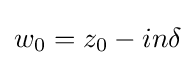
w_{0}=z_{0}-in\delta